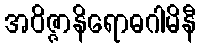
အဝိဇ္ဇာနိရောဓဂါမိနီ